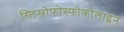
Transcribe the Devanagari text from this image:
ग्लिस्रोफोस्फोकोलाइन